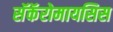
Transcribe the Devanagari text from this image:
सॅकॅरोमायसिस